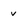
Character: v